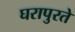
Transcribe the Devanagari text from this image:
घरापुरते